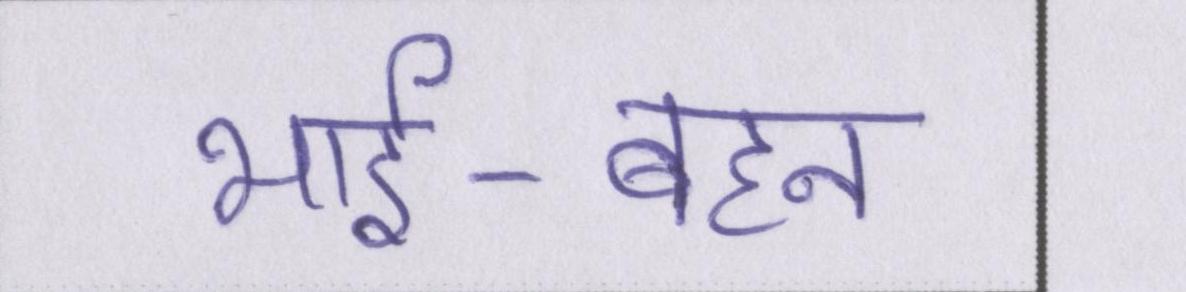
भाई-बहन